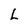
Character: L